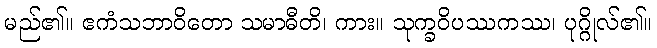
မည်၏။ ဧကံသဘာဝိတော သမာဓီတိ၊ ကား။ သုက္ခဝိပဿကဿ၊ ပုဂ္ဂိုလ်၏။